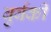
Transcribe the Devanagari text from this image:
बुर्बकी